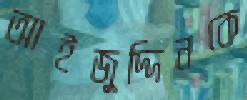
আইজুদ্দিনকে